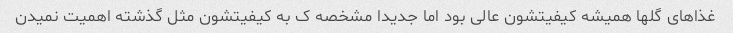
غذاهای گلها همیشه کیفیتشون عالی بود اما جدیدا مشخصه ک به کیفیتشون مثل گذشته اهمیت نمیدن